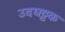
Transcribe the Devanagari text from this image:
उदघट्टक